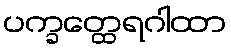
ပက္ခတ္ထေရဂါထာ